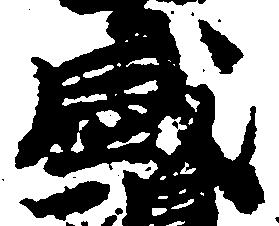
盛